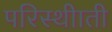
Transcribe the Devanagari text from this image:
परिस्थीाती